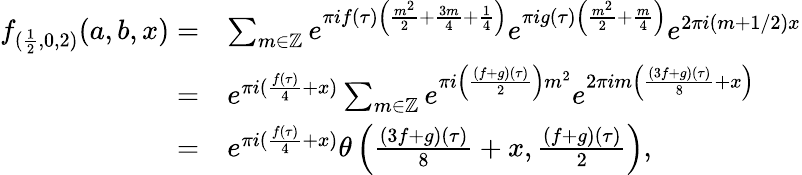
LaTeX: \begin{array}{rl}{f_{(\frac{1}{2},0,2)}(a,b,x)=}&{\sum_{m\in\mathbb{Z}}e^{\pi if(\tau)\left(\frac{m^{2}}{2}+\frac{3m}{4}+\frac{1}{4}\right)}e^{\pi ig(\tau)\left(\frac{m^{2}}{2}+\frac{m}{4}\right)}e^{2\pi i(m+1/2)x}}\\ {=}&{e^{\pi i(\frac{f(\tau)}{4}+x)}\sum_{m\in\mathbb{Z}}e^{\pi i\left(\frac{(f+g)(\tau)}{2}\right)m^{2}}e^{2\pi im\left(\frac{(3f+g)(\tau)}{8}+x\right)}}\\ {=}&{e^{\pi i(\frac{f(\tau)}{4}+x)}\theta\left(\frac{(3f+g)(\tau)}{8}+x,\frac{(f+g)(\tau)}{2}\right),}\end{array}